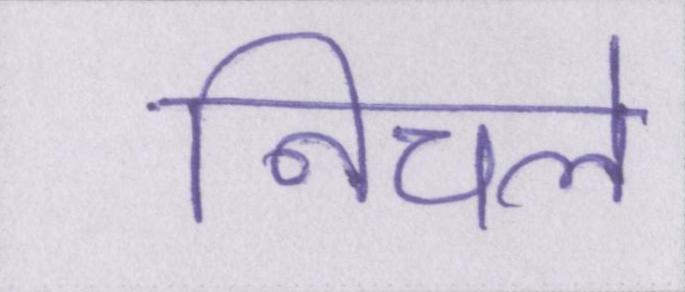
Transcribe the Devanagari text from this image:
निचले